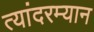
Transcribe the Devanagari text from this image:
त्यांदरम्यान